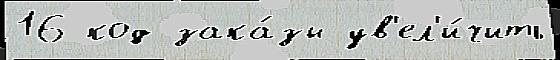
16 код зака́зы ув'ел'и́чить